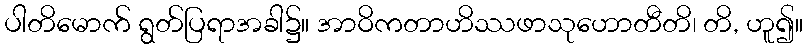
ပါတိမောက် ရွတ်ပြရာအခါ၌။ အာဝိကတာဟိဿဖာသုဟောတီတိ၊ တိ, ဟူ၍။